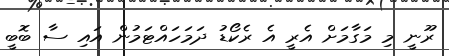
ރޫނީ މި މަގާމަށް އެރީ އެ ރެކޯޑު ދަމަހައްޓަމުން އައި ސާ ބޮބީ